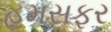
હમસફર